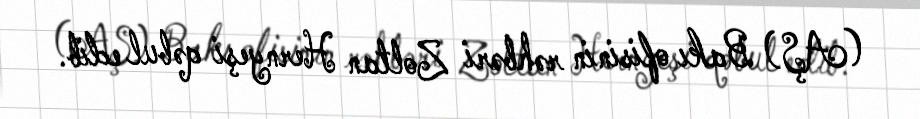
(AŞ) Bakı ofisinin rəhbəri Zoltan Hernyeşi qəbul edib.